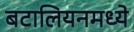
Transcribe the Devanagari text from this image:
बटालियनमध्ये